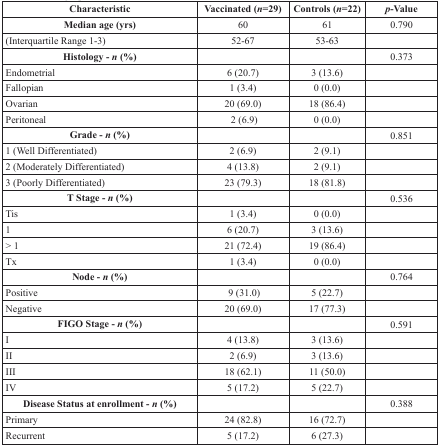
<table><thead><tr><td><b>Characteristic</b></td><td><b>Vaccinated (<i>n</i>=29)</b></td><td><b>Controls (<i>n</i>=22)</b></td><td><b><i>p</i>-Value</b></td></tr></thead><tbody><tr><td><b>Median age (yrs)</b></td><td>60</td><td>61</td><td>0.790</td></tr><tr><td>(Interquartile Range 1-3)</td><td>52-67</td><td>53-63</td><td></td></tr><tr><td><b>Histology - <i>n</i> (%)</b></td><td></td><td></td><td>0.373</td></tr><tr><td>Endometrial</td><td>6 (20.7)</td><td>3 (13.6)</td><td></td></tr><tr><td>Fallopian</td><td>1 (3.4)</td><td>0 (0.0)</td><td></td></tr><tr><td>Ovarian</td><td>20 (69.0)</td><td>18 (86.4)</td><td></td></tr><tr><td>Peritoneal</td><td>2 (6.9)</td><td>0 (0.0)</td><td></td></tr><tr><td><b>Grade - <i>n</i> (%)</b></td><td></td><td></td><td>0.851</td></tr><tr><td>1 (Well Differentiated)</td><td>2 (6.9)</td><td>2 (9.1)</td><td></td></tr><tr><td>2 (Moderately Differentiated)</td><td>4 (13.8)</td><td>2 (9.1)</td><td></td></tr><tr><td>3 (Poorly Differentiated)</td><td>23 (79.3)</td><td>18 (81.8)</td><td></td></tr><tr><td><b>T Stage - <i>n</i> (%)</b></td><td></td><td></td><td>0.536</td></tr><tr><td>Tis</td><td>1 (3.4)</td><td>0 (0.0)</td><td></td></tr><tr><td>1</td><td>6 (20.7)</td><td>3 (13.6)</td><td></td></tr><tr><td>&gt; 1</td><td>21 (72.4)</td><td>19 (86.4)</td><td></td></tr><tr><td>Tx</td><td>1 (3.4)</td><td>0 (0.0)</td><td></td></tr><tr><td><b>Node - <i>n</i> (%)</b></td><td></td><td></td><td>0.764</td></tr><tr><td>Positive</td><td>9 (31.0)</td><td>5 (22.7)</td><td></td></tr><tr><td>Negative</td><td>20 (69.0)</td><td>17 (77.3)</td><td></td></tr><tr><td><b>FIGO Stage - <i>n</i> (%)</b></td><td></td><td></td><td>0.591</td></tr><tr><td>I</td><td>4 (13.8)</td><td>3 (13.6)</td><td></td></tr><tr><td>II</td><td>2 (6.9)</td><td>3 (13.6)</td><td></td></tr><tr><td>III</td><td>18 (62.1)</td><td>11 (50.0)</td><td></td></tr><tr><td>IV</td><td>5 (17.2)</td><td>5 (22.7)</td><td></td></tr><tr><td><b>Disease Status at enrollment - <i>n</i> (%)</b></td><td></td><td></td><td>0.388</td></tr><tr><td>Primary</td><td>24 (82.8)</td><td>16 (72.7)</td><td></td></tr><tr><td>Recurrent</td><td>5 (17.2)</td><td>6 (27.3)</td><td></td></tr></tbody></table>